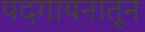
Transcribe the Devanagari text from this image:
पदगायनातून